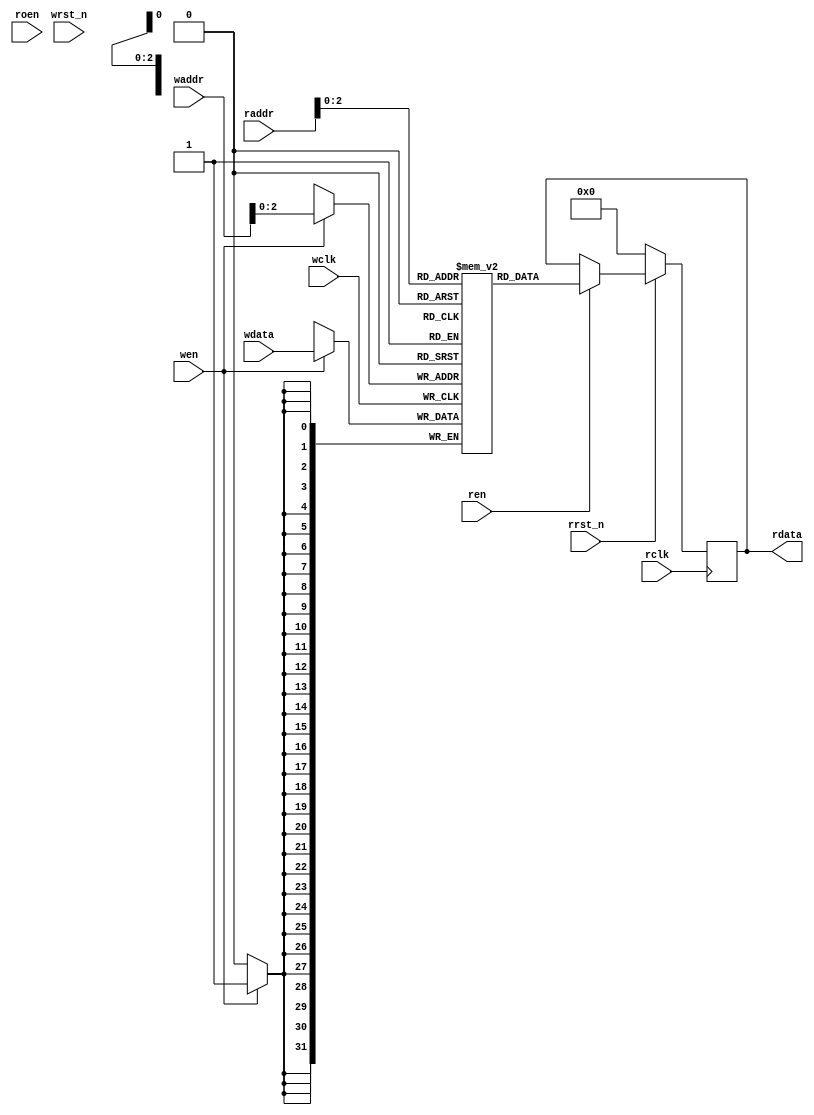
//////////////////////////////////////////////////////////////////////
////                                                              ////
////  File name "generic_mem_medium.v"                            ////
////                                                              ////
////  This file is part of the "10GE MAC" project                 ////
////  http://www.opencores.org/cores/xge_mac/                     ////
////                                                              ////
////  Author(s):                                                  ////
////      - A. Tanguay (antanguay@opencores.org)                  ////
////                                                              ////
//////////////////////////////////////////////////////////////////////
////                                                              ////
//// Copyright (C) 2008 AUTHORS. All rights reserved.             ////
////                                                              ////
//// This source file may be used and distributed without         ////
//// restriction provided that this copyright statement is not    ////
//// removed from the file and that any derivative work contains  ////
//// the original copyright notice and the associated disclaimer. ////
////                                                              ////
//// This source file is free software; you can redistribute it   ////
//// and/or modify it under the terms of the GNU Lesser General   ////
//// Public License as published by the Free Software Foundation; ////
//// either version 2.1 of the License, or (at your option) any   ////
//// later version.                                               ////
////                                                              ////
//// This source is distributed in the hope that it will be       ////
//// useful, but WITHOUT ANY WARRANTY; without even the implied   ////
//// warranty of MERCHANTABILITY or FITNESS FOR A PARTICULAR      ////
//// PURPOSE.  See the GNU Lesser General Public License for more ////
//// details.                                                     ////
////                                                              ////
//// You should have received a copy of the GNU Lesser General    ////
//// Public License along with this source; if not, download it   ////
//// from http://www.opencores.org/lgpl.shtml                     ////
////                                                              ////
//////////////////////////////////////////////////////////////////////
 
 
module generic_mem_xilinx_block(
 
    wclk,
    wrst_n,
    wen,
    waddr,
    wdata,
 
    rclk,
    rrst_n,
    ren,
    roen,
    raddr,
    rdata
);
 
//---
// Parameters
 
parameter DWIDTH = 32;
parameter AWIDTH = 3;
parameter RAM_DEPTH = (1 << AWIDTH);
parameter SYNC_WRITE = 1;
parameter SYNC_READ = 1;
parameter REGISTER_READ = 0;
 
//---
// Ports
 
input               wclk;
input               wrst_n;
input               wen;
input  [AWIDTH:0]   waddr;
input  [DWIDTH-1:0] wdata;
 
input               rclk;
input               rrst_n;
input               ren;
input               roen;
input  [AWIDTH:0]   raddr;
output [DWIDTH-1:0] rdata;
 
// Registered outputs
reg    [DWIDTH-1:0] rdata;
 
 
//---
// Local declarations
 
// Registers
 
reg  [DWIDTH-1:0] mem_rdata;
 
 
// Memory - infer using Xilinx pragma for block ram.
//synthesis attribute ram_style of mem is block
reg  [DWIDTH-1:0] mem [0:RAM_DEPTH-1];
 
// Variables
 
integer         i;
 
   
   //---
   // Memory Write
   
   // Generate synchronous write
   always @(posedge wclk)
     begin
        if (wen) begin
           mem[waddr[AWIDTH-1:0]] <= wdata;
        end
     end
   

   //---
   // Memory Read

   // Generate registered memory read
   always @(posedge rclk)
     begin
	if (!rrst_n) begin
           mem_rdata <= {(DWIDTH){1'b0}};
	end else if (ren) begin
           mem_rdata <= mem[raddr[AWIDTH-1:0]];
	end
     end
   
 
generate
    if (REGISTER_READ) begin
 
        // Generate registered output
        always @(posedge rclk)
        begin
            if (!rrst_n) begin
                rdata <= {(DWIDTH){1'b0}};
            end else if (roen) begin
                rdata <= mem_rdata;
            end
        end
 
    end
    else begin
 
        // Generate unregisters output
        always @(mem_rdata)
        begin
            rdata = mem_rdata;
        end
 
    end
endgenerate
 
endmodule